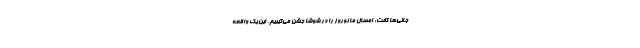
جانی‌ها گفت: امسال ما نوروز را در شوشا جشن می‌گیریم. این یک واقعه